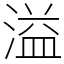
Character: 溢